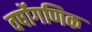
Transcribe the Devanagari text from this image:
वर्षोगणिक